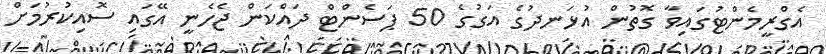
އެގްރީމެންޓުގައިވާ ގޮތުން އުޅަނދުގެ އަގުގެ 50 ޕަސެންޓް ދައްކަން ޖެހެނީ އޭގައި ސޮއިކުރުމަށް